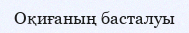
Оқиғаның басталуы